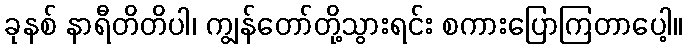
ခုနစ် နာရီတိတိပါ၊ ကျွန်တော်တို့သွားရင်း စကားပြောကြတာပေါ့။